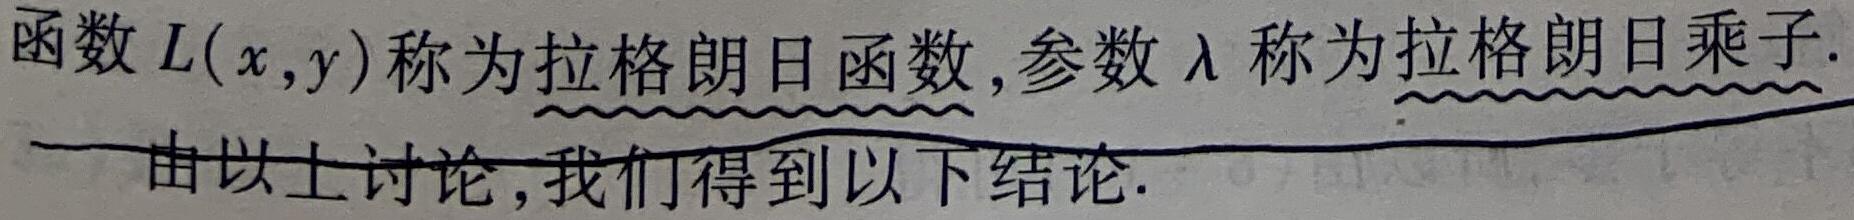
函数 $L(x,y)$ 称为拉格朗日函数,参数 $\lambda$ 称为拉格朗日乘子.

由以上讨论,我们得到以下结论.